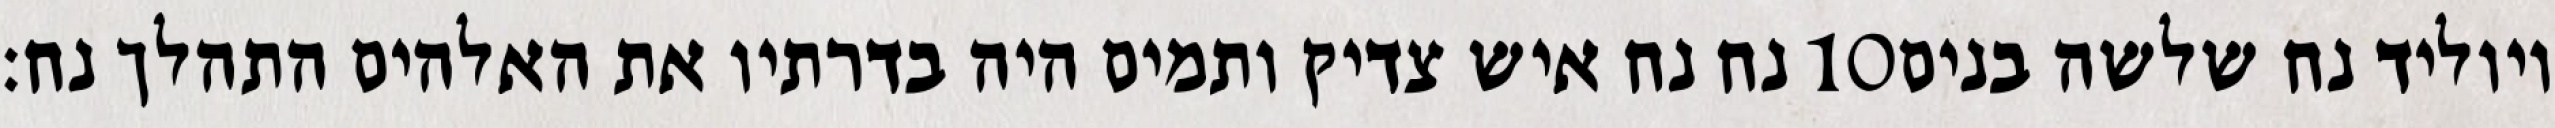
נח נח איש צדיק ותמים היה בדרתיו את האלהים התהלך נח׃ ‎10‏ ויוליד נח שלשה בנים